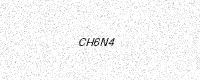
Text: CH6N4